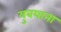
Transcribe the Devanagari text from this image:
युबयाना